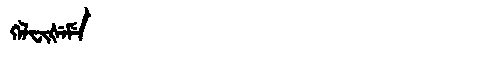
Manchu: ᡴᡝᠯᠸᡳᡧᡝᠮᡝ
Romanization: KELFIŠEME